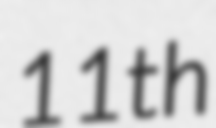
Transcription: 11th